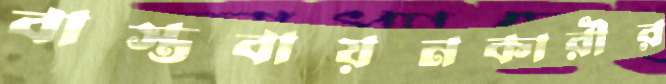
বাস্তবায়নকারীর